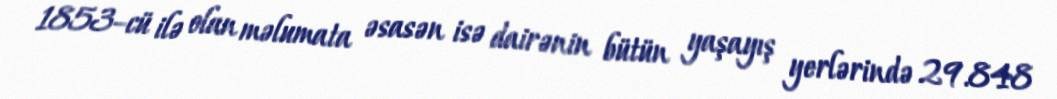
1853–cü ilə olan məlumata əsasən isə dairənin bütün yaşayış yerlərində 29.848